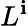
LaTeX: L^{\mathbf{i}}